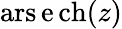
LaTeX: \operatorname{ars\mathrm{e}ch}(z)